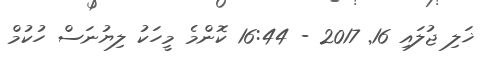
ޚަލި ޖުލައި 16